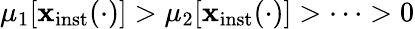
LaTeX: \mu_{1}\lbrack\mathbf{x}_{\mathrm{{inst}}}(\cdot)\rbrack>\mu_{2}\lbrack\mathbf{x}_{\mathrm{{inst}}}(\cdot)\rbrack>\cdots>0